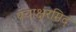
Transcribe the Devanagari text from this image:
पंचाक्षरमिदं